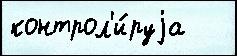
контрол'и́руjа